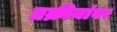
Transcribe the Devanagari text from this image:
प्रक्रीयांवर